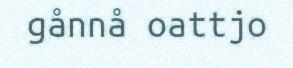
gånnå oattjo